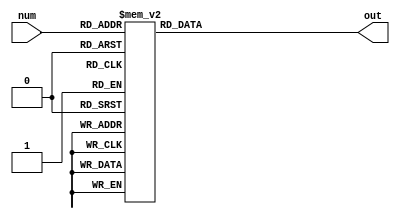
module hex(input [3:0] num,output reg [6:0] out);

always @(*) begin
case(num)

	4'd0  :  out =  7'b1000000;
	4'd1  :  out = ~7'b0000110;
	4'd2  :	out = ~7'b1011011;
	4'd3  :	out = ~7'b1001111;
	4'd4  :	out = ~7'b1100110;
	4'd5  : 	out = ~7'b1101101;
	4'd6  :	out = ~7'b1111101;
	4'd7  :	out = ~7'b0000111;
	4'd8  :	out = ~7'b1111111;
	4'd9  :	out = ~7'b1101111;
	4'd10 :	out = ~7'b1110111;
	////
	4'd11 : 	out = ~7'b1110011; // pobeda
	4'd12 :	out = ~7'b0111101; //gubitak
	default: out = ~7'b0000000;
	//0111101
	//4'd13 :	out = ~7'b1011110;
	//4'd14 :	out = ~7'b1111001;
	//4'd15 : 	out = ~7'b;
	
	endcase
	end
endmodule